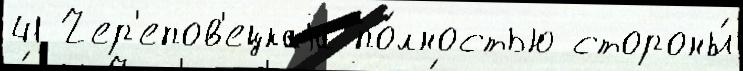
41 Чер'епов'ецкаjа по́лностью стороны́